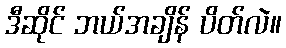
ဒီဆိုင် ဘယ်အချိန် ပိတ်လဲ။